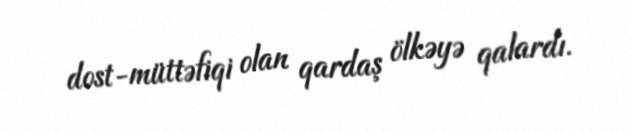
dost-müttəfiqi olan qardaş ölkəyə qalardı.